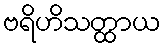
ဗရိဟိသတ္ထာယ